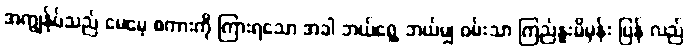
အကျွန်ုပ်သည် မေမေ့ စကားကို ကြားရသော အခါ ဘယ်ရွေ့ ဘယ်မျှ ဝမ်းသာ ကြည်နူးမိမှန်း ပြန် လည်